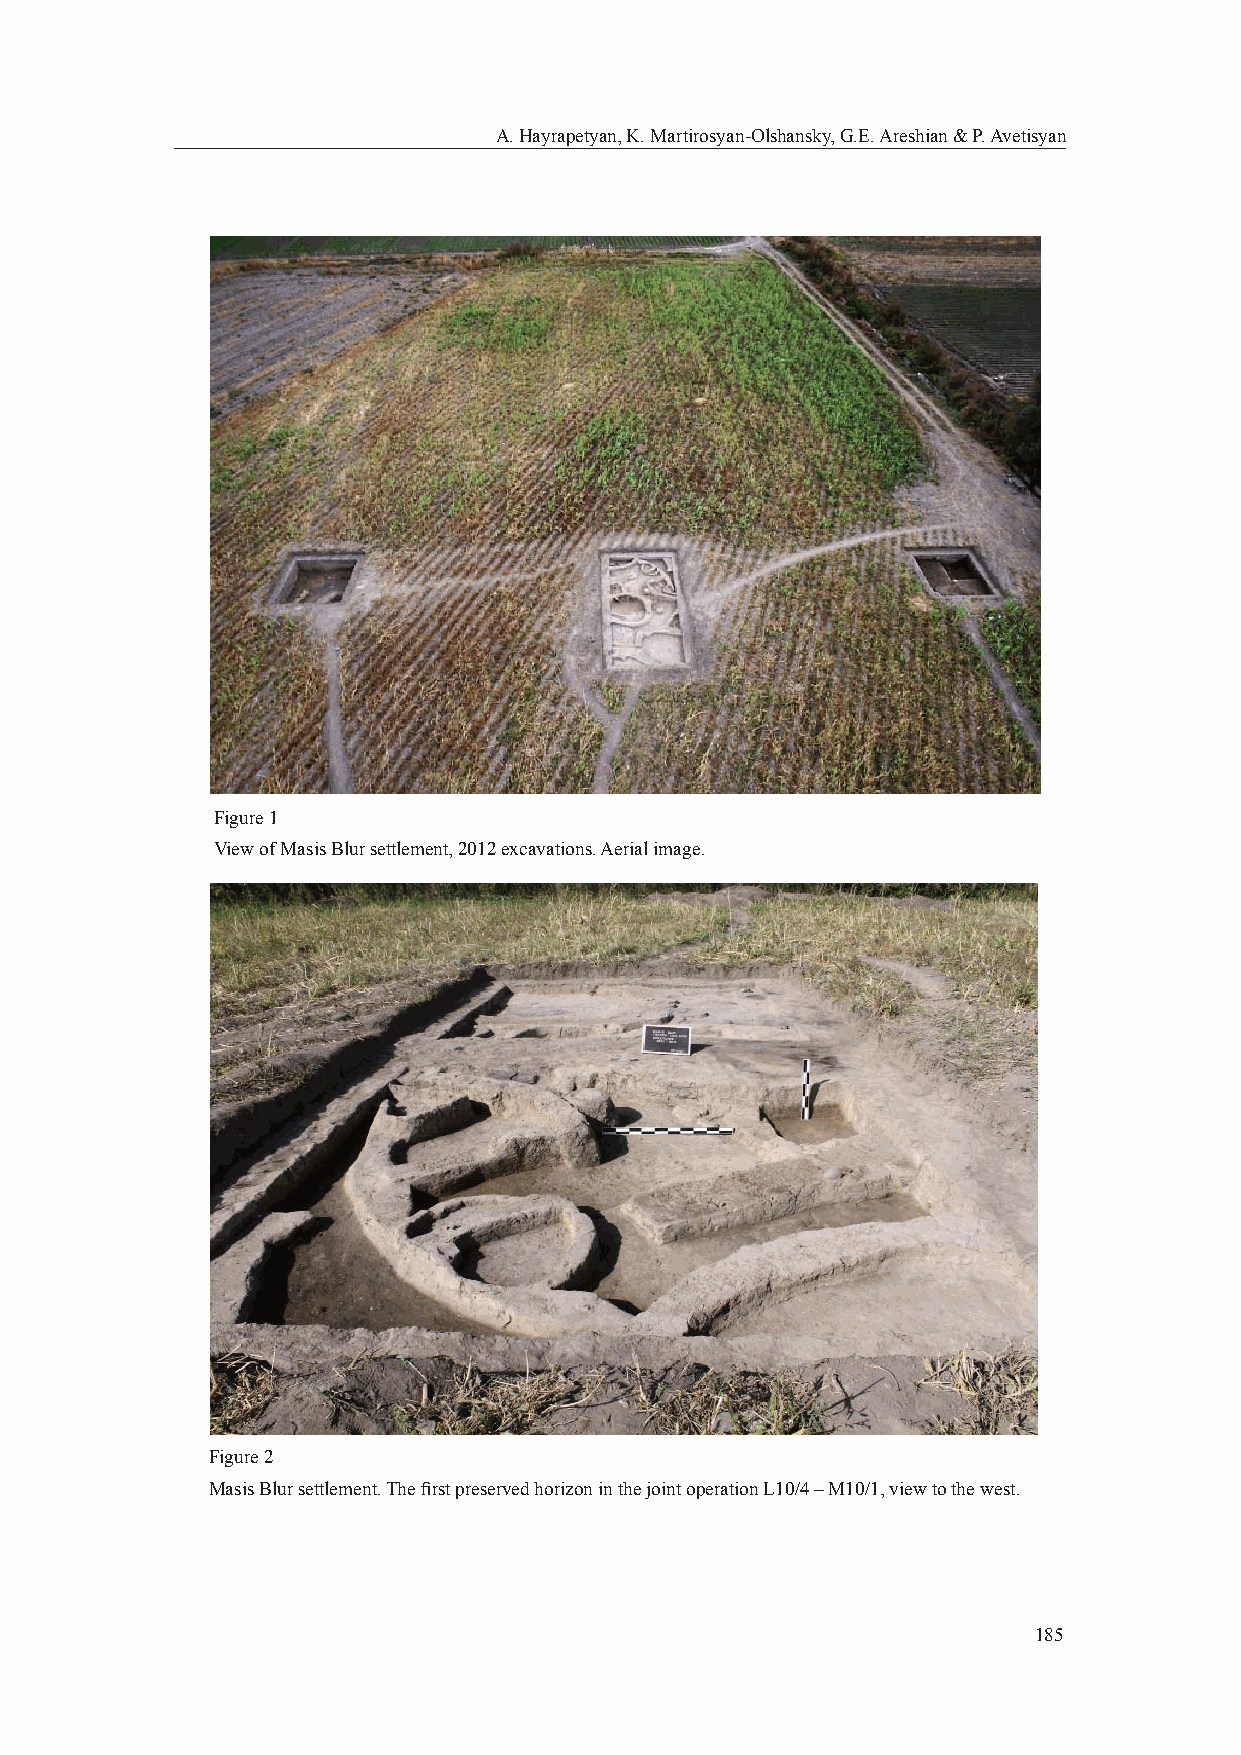
A. Hayrapetyan, K. Martirosyan-Olshansky, G.E. Areshian & P. Avetisyan
 Figure 1
 View of Masis Blur settlement, 2012 excavations. Aerial image.
 Figure 2
 Masis Blur settlement. The fi rst preserved horizon in the joint operation L10/4 – M10/1, view to the west.
 185